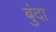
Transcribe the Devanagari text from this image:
बुंदा